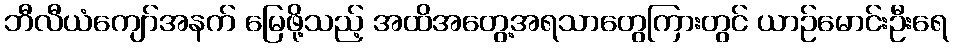
ဘီလီယံကျော်အနက် မြေဖို့သည့် အထိအတွေ့အရသာတွေကြားတွင် ယာဉ်မောင်းဦးရေ